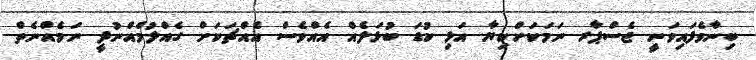
ބިނާވެފައިވަނީ ޖެސްޕާރ ނަމަކަށްކިޔާ އަޅި ކުޑަ ބުޅަލެއް އެއްވެސް އެއްޗަކަށް ގެއްލުމެއްނުދީ ނަމެއްނެތް